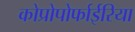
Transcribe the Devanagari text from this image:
कोप्रोपोर्फाईरिया